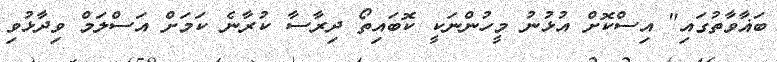
ބަޣާވާތުގައި" އިސްކޮށް އުޅުނު މީހުންނަކީ ކޮބައިތޯ ދިރާސާ ކުރާނެ ކަމަށް އަސްލަމް ވިދާޅުވި